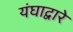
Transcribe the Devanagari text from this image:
यंघाद्वारे